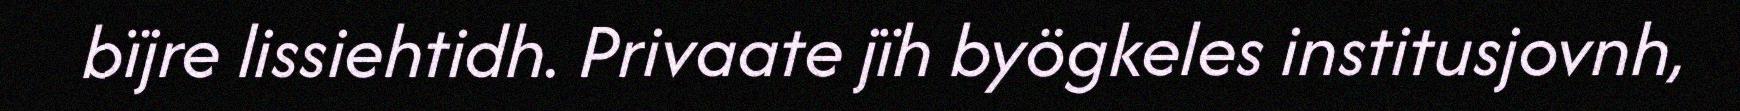
bïjre lissiehtidh. Privaate jïh byögkeles institusjovnh,